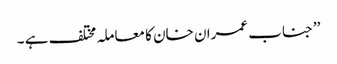
’’جناب عمران خان کا معاملہ مختلف ہے ۔